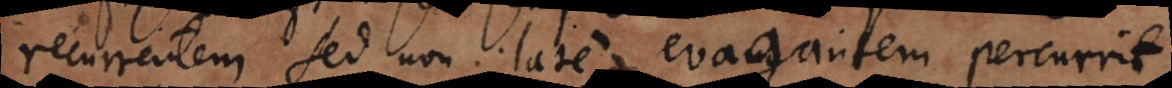
recurrentem sed non late evagantem percurrit,